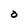
Character: O